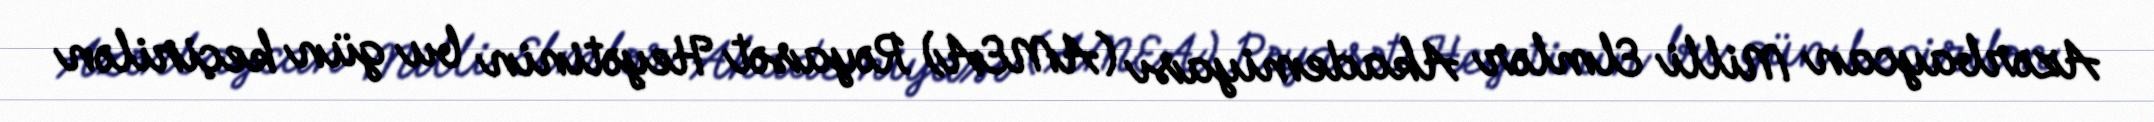
Azərbaycan Milli Elmlər Akademiyası (AMEA) Rəyasət Heyətinin bu gün keçirilən